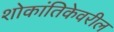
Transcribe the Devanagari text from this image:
शोकांतिकेवरील